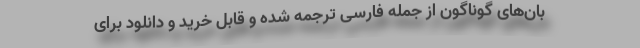
بان‌های گوناگون از جمله فارسی ترجمه شده و قابل خرید و دانلود برای